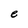
Character: e